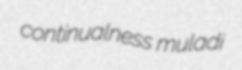
continualness muladi